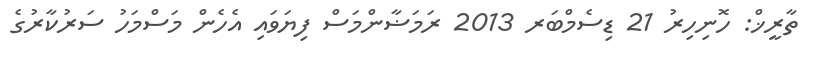
ތާރީޚް: ހޮނިހިރު 21 ޑިސެމްބަރ 2013 ރަމަޟާންމަސް ފިޔަވައި އެހެން މަސްމަހު ސަރުކާރުގެ